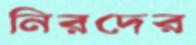
নিরদের